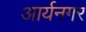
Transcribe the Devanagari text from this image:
आर्यनगर